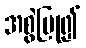
အစွဲပြု၍